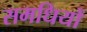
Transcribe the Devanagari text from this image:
समधियों